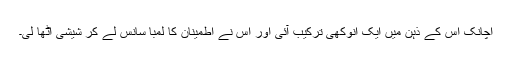
اچانک اس کے ذہن میں ایک انوکھی ترکیب آئی اور اس نے اطمینان کا لمبا سانس لے کر شیشی اٹھا لی۔